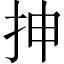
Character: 抻